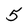
Character: 5